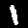
Digit: 1